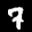
Label: 7